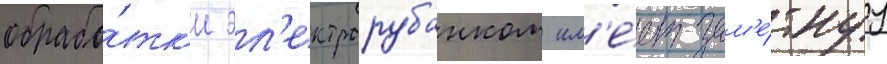
обрабо́тк'и эл'ектрорубанком им'е́ет зам'е́тнуу